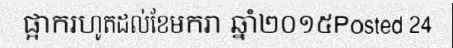
ផ្អាករហូតដល់ខែមករា ឆ្នាំ២០១៥Posted 24